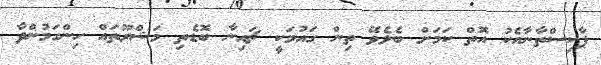
ޕާކިސްތާނާއެކު އޮތް ކަމަށް ބެލެވޭ ތިން ގައުމަކީ ޗައިނާ ބޮޑެތި މަޝްރޫތައް ހިންގަމުންދާ